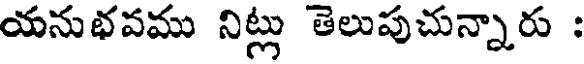
యనుభవము నిట్లు తెలుపుచున్నారు :